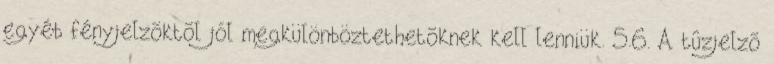
egyéb fényjelzõktõl jól megkülönböztethetõknek kell lenniük. 5.6. A tûzjelzõ